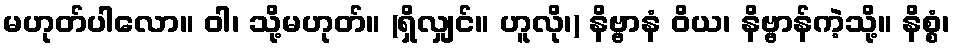
မဟုတ်ပါလော။ ဝါ၊ သို့မဟုတ်။ (ရှိလျှင်။ ဟူလို၊) နိဗ္ဗာနံ ဝိယ၊ နိဗ္ဗာန်ကဲ့သို့။ နိစ္စံ၊